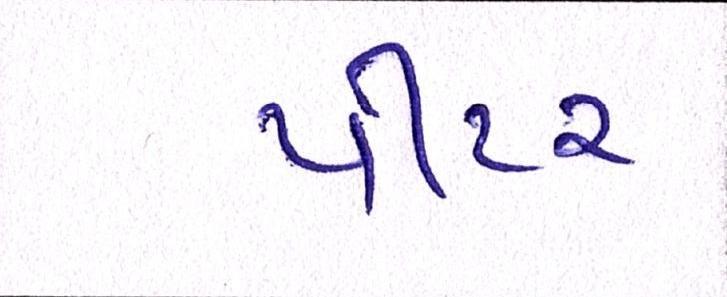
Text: પીટર